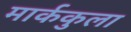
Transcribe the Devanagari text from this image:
मार्ककुला